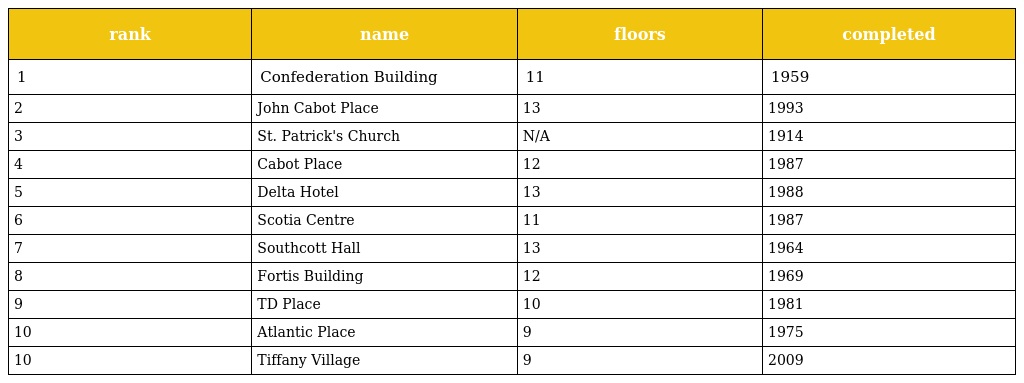
| rank | name | floors | completed |
 | --- | --- | --- | --- |
 | 1 | Confederation Building | 11 | 1959 |
 | 2 | John Cabot Place | 13 | 1993 |
 | 3 | St. Patrick's Church | N/A | 1914 |
 | 4 | Cabot Place | 12 | 1987 |
 | 5 | Delta Hotel | 13 | 1988 |
 | 6 | Scotia Centre | 11 | 1987 |
 | 7 | Southcott Hall | 13 | 1964 |
 | 8 | Fortis Building | 12 | 1969 |
 | 9 | TD Place | 10 | 1981 |
 | 10 | Atlantic Place | 9 | 1975 |
 | 10 | Tiffany Village | 9 | 2009 |